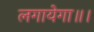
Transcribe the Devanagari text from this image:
लगायेगा॥।